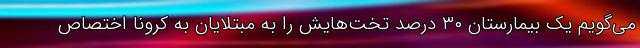
می‌گویم یک بیمارستان ۳۰ درصد تخت‌هایش را به مبتلایان به کرونا اختصاص